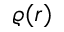
\varrho ( r )